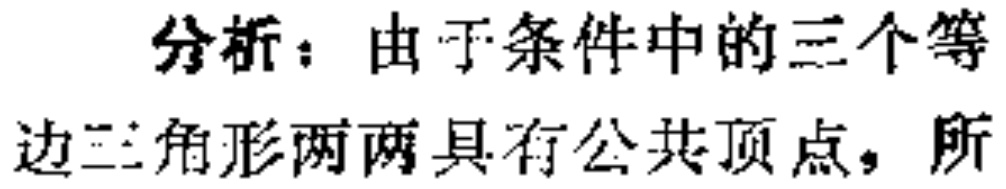
分析：由于条件中的三个等边三角形两两具有公共顶点，所